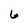
Character: 6